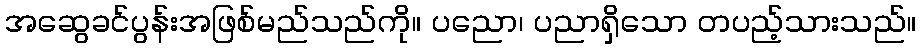
အဆွေခင်ပွန်းအဖြစ်မည်သည်ကို။ ပညော၊ ပညာရှိသော တပည့်သားသည်။